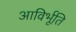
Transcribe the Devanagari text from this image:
आविर्भूति